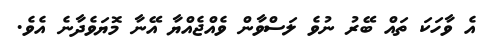
އެ ވާހަކަ ތައް ބޭރު ނުވެ ލަސްވާން ވެއްޖެއްޔާ އޭނާ މޮޔަވެދާނެ އެވެ.